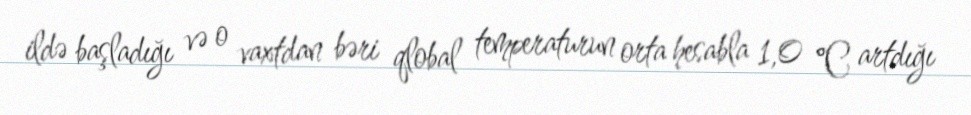
ildə başladığı və o vaxtdan bəri qlobal temperaturun orta hesabla 1,0 °C artdığı